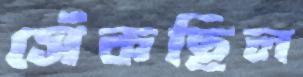
সেঁকছিল